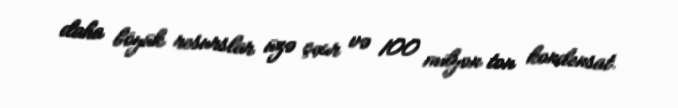
daha böyük resurslar üzə çıxır və 100 milyon ton kondensat.